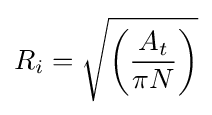
R_{i}={\sqrt {\left({\frac {A_{t}}{\pi N}}\right)}}